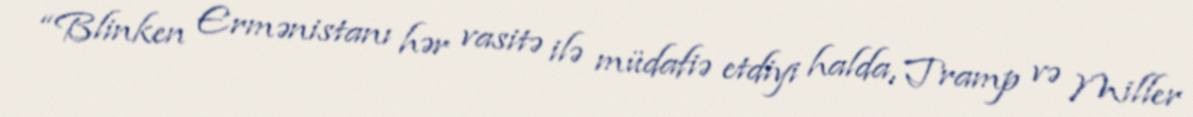
“Blinken Ermənistanı hər vasitə ilə müdafiə etdiyi halda, Tramp və Miller